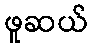
ဖူဆယ်